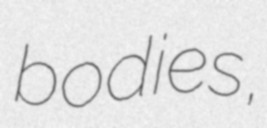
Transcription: bodies,